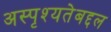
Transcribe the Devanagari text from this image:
अस्पृश्यतेबद्दल